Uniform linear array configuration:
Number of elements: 48
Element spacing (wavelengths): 1
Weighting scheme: kaiser
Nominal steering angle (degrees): -15
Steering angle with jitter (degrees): -15.007
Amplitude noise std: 0.05
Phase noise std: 0.05

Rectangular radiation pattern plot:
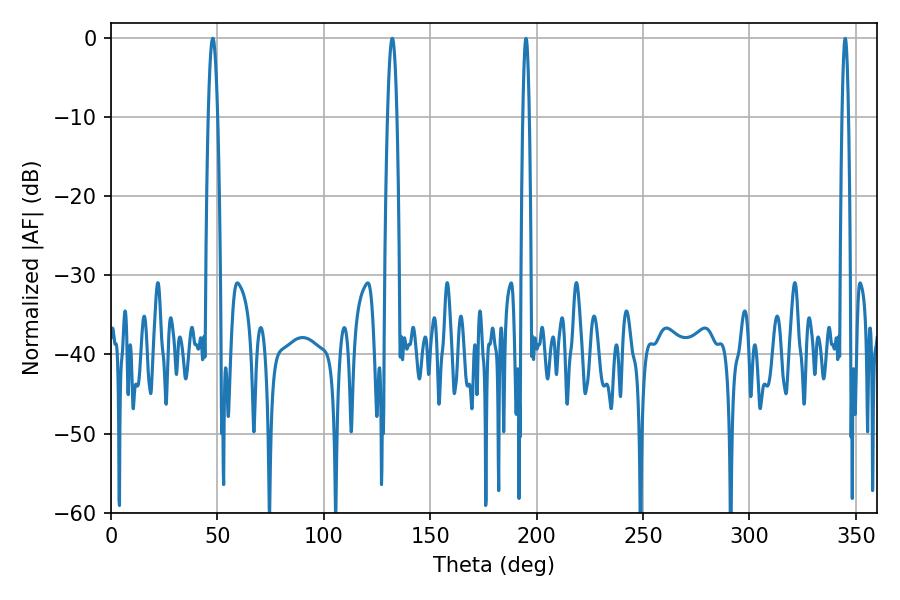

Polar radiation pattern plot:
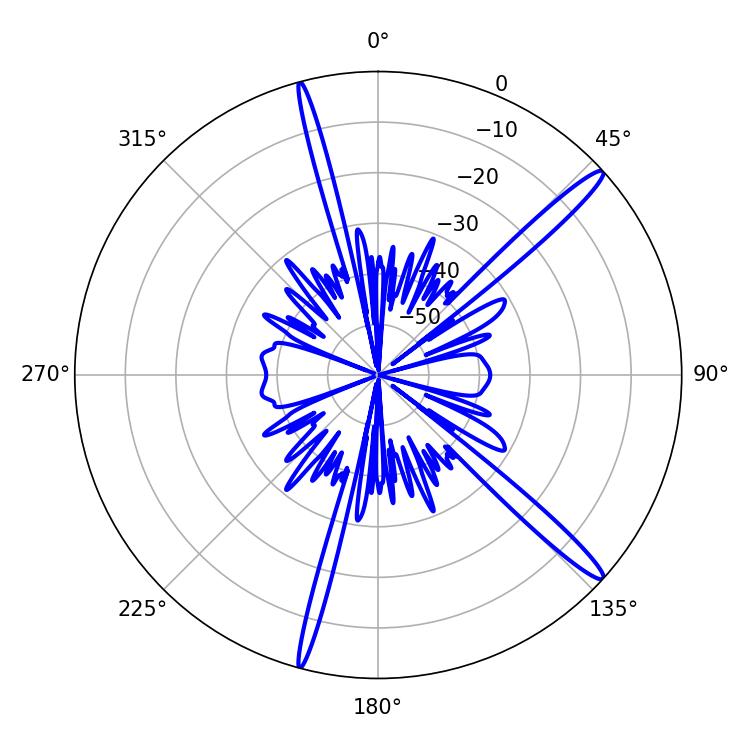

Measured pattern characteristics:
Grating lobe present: TRUE
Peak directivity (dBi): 15.837
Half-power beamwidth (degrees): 2.34
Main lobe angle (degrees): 47.88